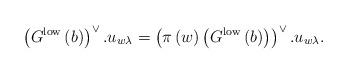
LaTeX: \begin{align*}\left(G^{\mathrm{low}}\left(b\right)\right)^{\vee}.u_{w\lambda}=\left(\pi\left(w\right)\left(G^{\mathrm{low}}\left(b\right)\right)\right)^{\vee}.u_{w\lambda}.\end{align*}